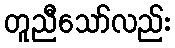
တူညီသော်လည်း